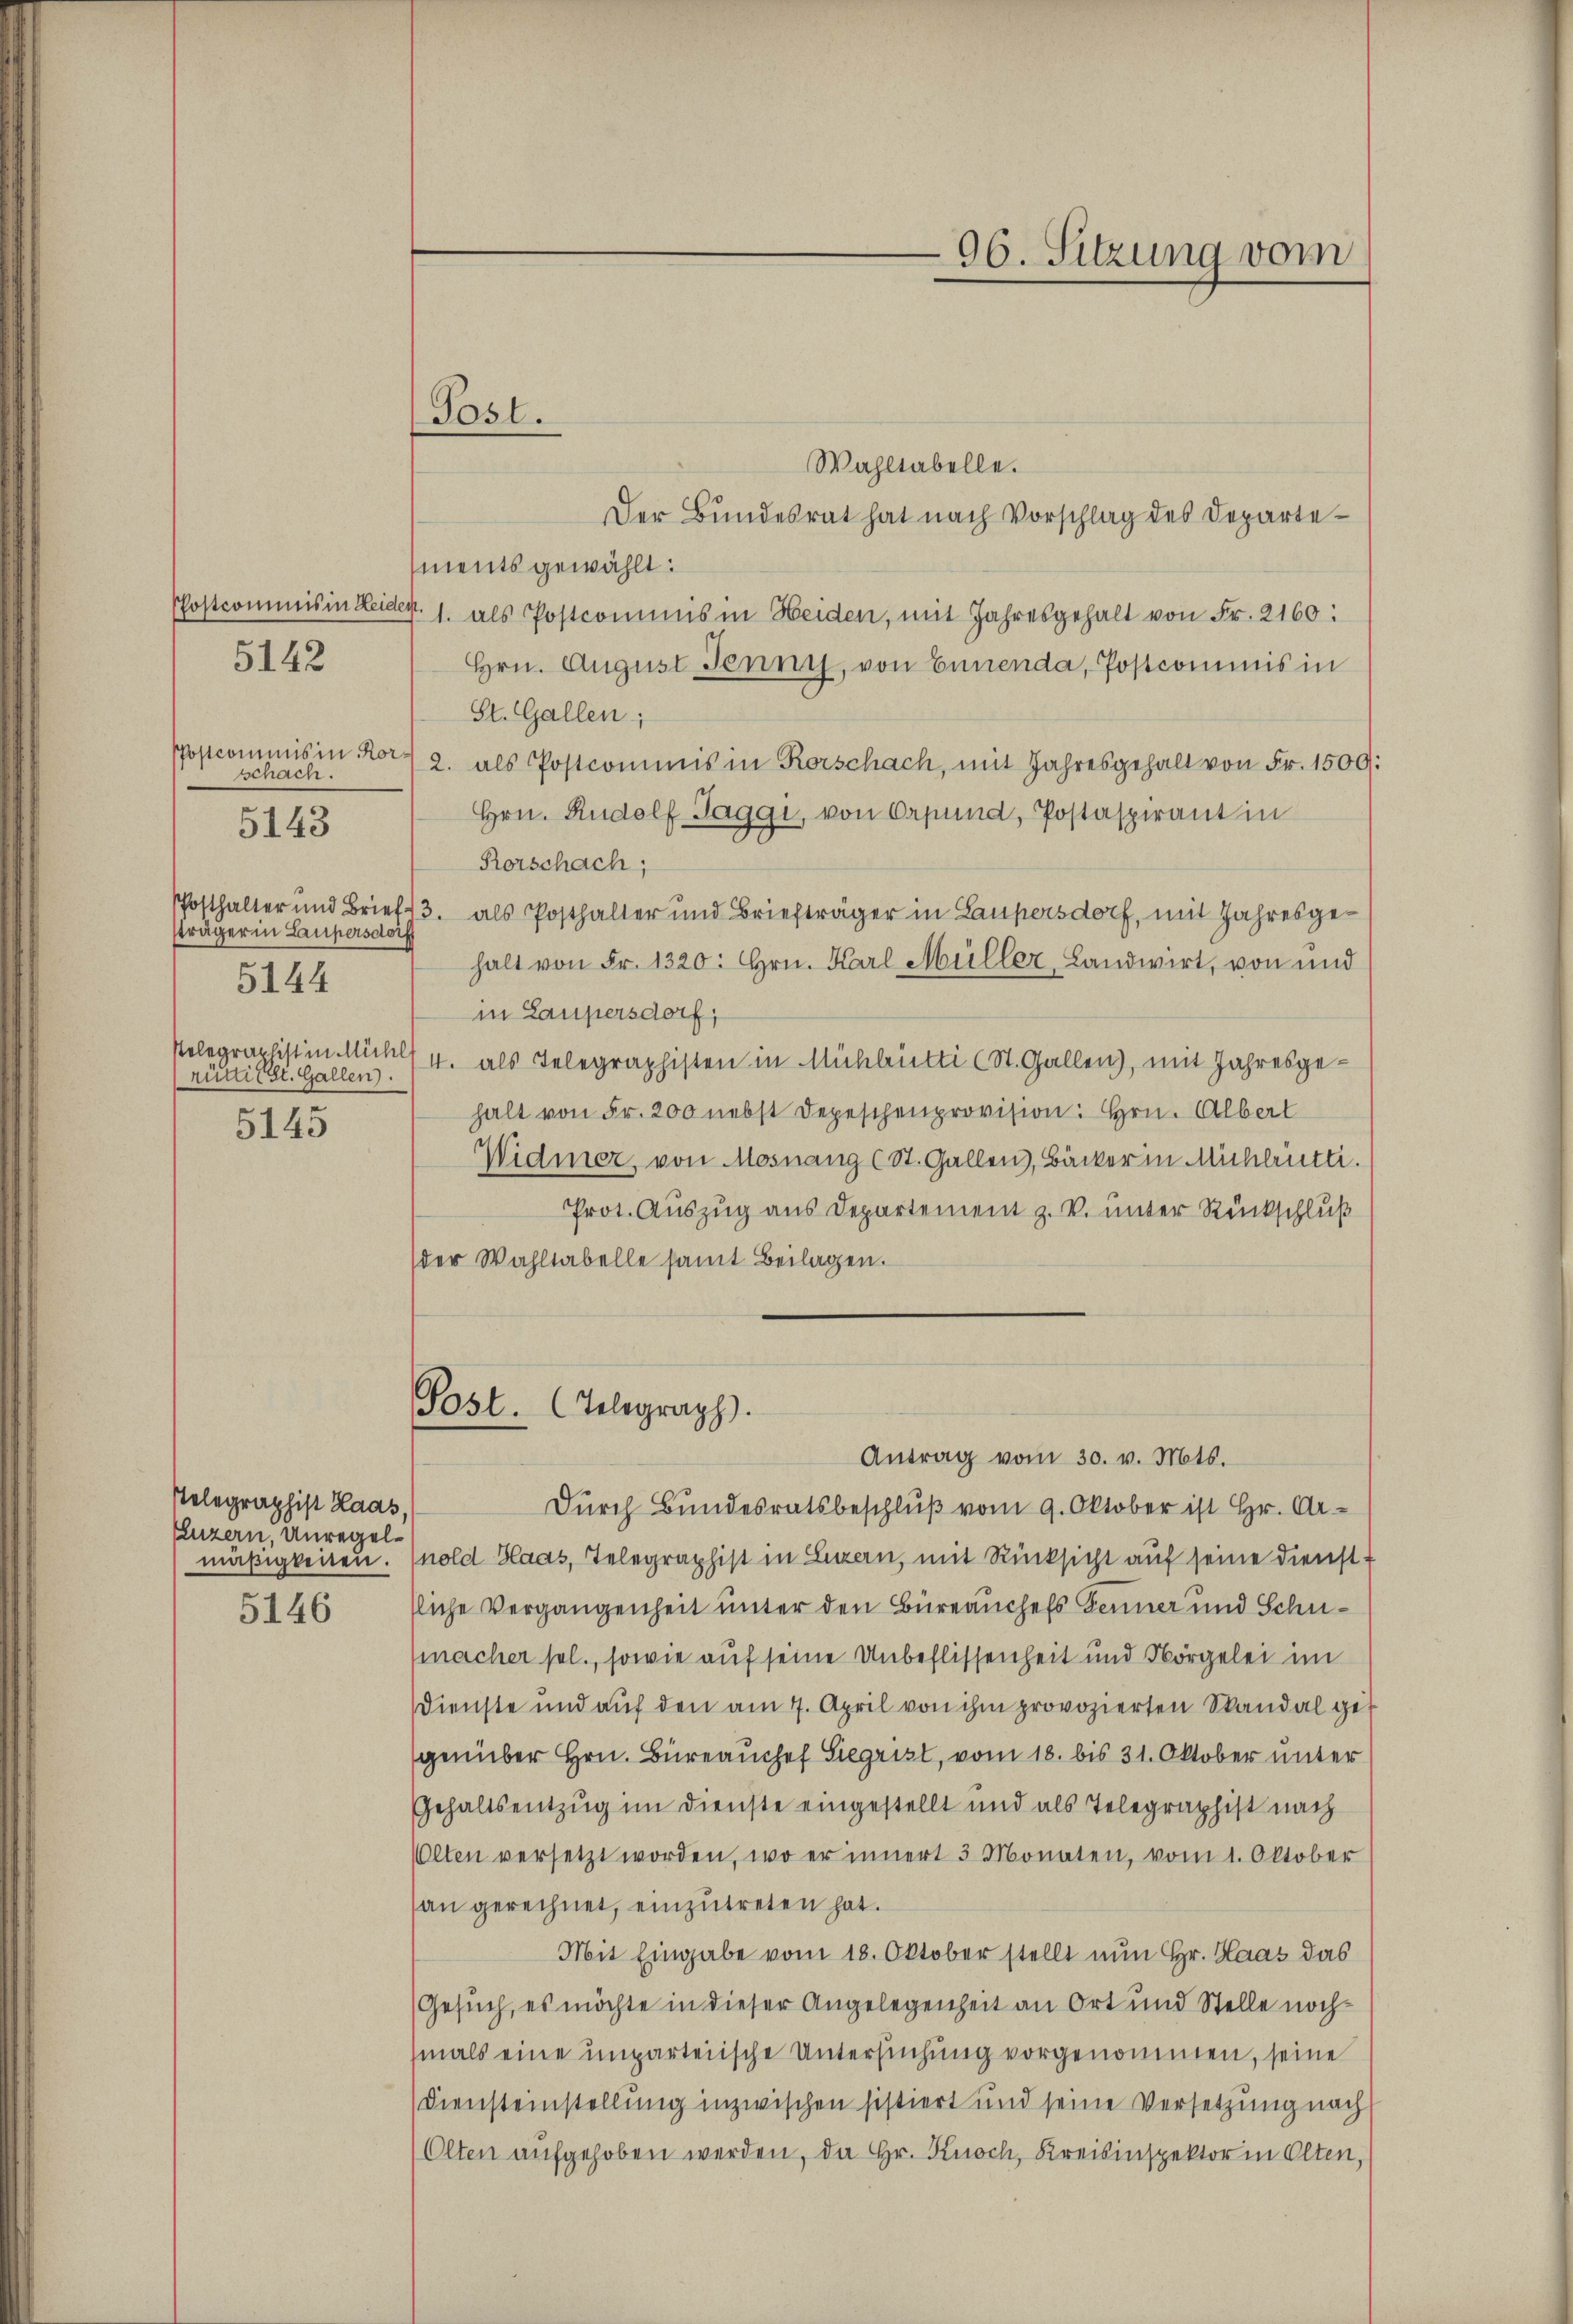
PPostcominis in Rorschach.
sträger in Laupersdorf
5144
Ptelegraphistin Mühl
rütit. Gallen.
5145

5142

5143

Relegraphist Haas,
Luzern, Unregelmäßigkeiten.
5146

Tosl.

Wahltabelle.
Der Bundesrat hat nach Vorschlag des Departements gewählt:
Postcommis in Leider. 1. als Postcommis in Heiden, mit Jahresgehalt von Fr. 2160:
Hrn. August Jenny, von Ennenda, Postcommis in
St. Gallen;
2. als Postcommis in Rorschach, mit Jahresgehalt von Fr. 1500:
Hrn. Rudolf Taggi, von Orpund, Postaspirant in
Rorschach,
Posthalter und Brief 3. als Posthalter und Briefträger in Laupersdorf, mit Jahresgehalt von Fr. 1320: Hrn. Karl Müller, Landwirt, von und
in Laupersdorf,
4. als Telegraphisten in Mühlrüti (St. Gallen), mit Jahresgehalt von Fr. 200 nebst Depeschenprovision: Hrn. Albert
Widmer, von Mosnang (St. Gallen), Bäcker in Michlrütti.
Prot. Auszug aus Departement z. V. unter Rückschluß
der Wahltabelle samt Beilagen.
Post. (Telegraph.

96. Sitzung vom

Antrag vom 30. v. Mts.
Durch Bundesratsbeschluß vom 9. Oktober ist Hr. Arnold Haas, Telegraphist in Luzern, mit Rücksicht auf seine Dienst
stliche Vergangenheit unter den Büreauchels Fenner und Schu¬
(macher sel., sowie auf seine Unbeflissenheit und Nörgelei im
Dienste und auf den am 7. April von ihm provozierten Skandal gegenüber Hrn. Büreaŭchef Siegrist, vom 18. bis 31. Oktober unter
Gehaltsentzug im Dienste eingestellt und als Telegraphist nach
Olten versetzt worden, wo er innert 3 Monaten, vom 1. Oktober
an gerechnet, einzutreten hat.
Mit Eingabe vom 18. Oktober stellt nun Hr. Haas das
Gesuch, es möchte in dieser Angelegenheit an Ort und Stelle nochmals eine unparteiische Untersuchung vorgenommen, seine
Diensteinstellung inzwischen sistiert und seine Versetzung nach
Olten aufgehoben werden, da Hr. Knoch, Kreisinspektor in Olten,